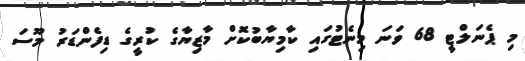
މި ޕެނަލްޓީ 68 ވަނަ މިނެޓުގައި ކާމިޔާބުކޮށް މާޒިޔާގެ ކުރީގެ ޑިފެންޑަރު މޫސަ